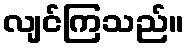
လျင်ကြသည်။